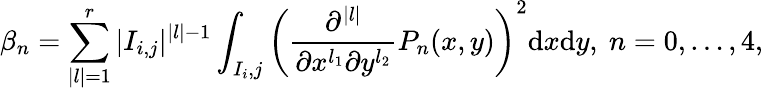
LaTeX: \beta_{n}=\sum_{|l|=1}^{r}|I_{i,j}|^{|l|-1}\int_{I_{i},j}\left(\frac{\partial^{|l|}}{\partial x^{l_{1}}\partial y^{l_{2}}}P_{n}(x,y)\right)^{2}{\mathrm{d}x\mathrm{d}y},~n=0,\dots,4,